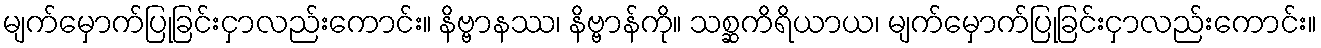
မျက်မှောက်ပြုခြင်းငှာလည်းကောင်း။ နိဗ္ဗာနဿ၊ နိဗ္ဗာန်ကို။ သစ္ဆကိရိယာယ၊ မျက်မှောက်ပြုခြင်းငှာလည်းကောင်း။